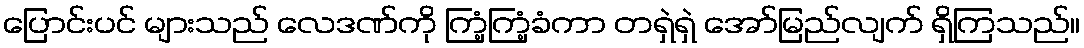
ပြောင်းပင် များသည် လေဒဏ်ကို ကြံ့ကြံ့ခံကာ တရှဲရှဲ အော်မြည်လျက် ရှိကြသည်။